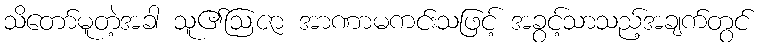
သိတော်မူတဲ့အခါ သူ၏ဩဇာ အာဏာမကင်းသဖြင့် အခွင့်သာသည့်အချက်တွင်